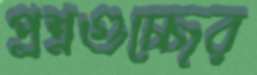
প্রশ্নগুচ্ছের